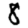
Digit: 8